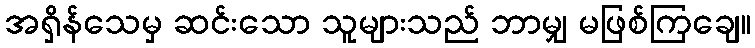
အရှိန်သေမှ ဆင်းသော သူများသည် ဘာမျှ မဖြစ်ကြချေ။